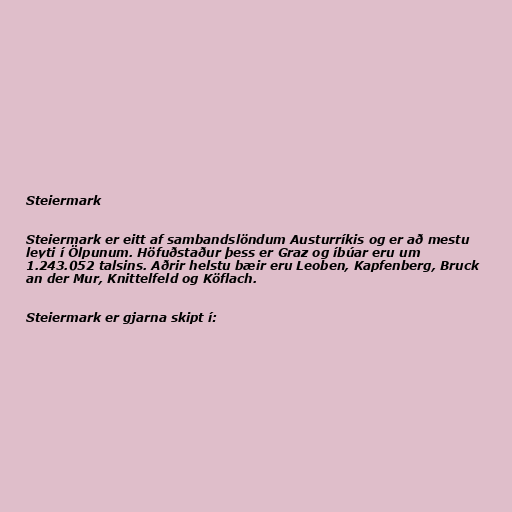
Steiermark

Steiermark er eitt af sambandslöndum Austurríkis og er að mestu
leyti í Ölpunum. Höfuðstaður þess er Graz og íbúar eru um
1.243.052 talsins. Aðrir helstu bæir eru Leoben, Kapfenberg, Bruck
an der Mur, Knittelfeld og Köflach.

Steiermark er gjarna skipt í: